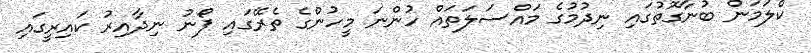
ކްލަމަން ބުނާގޮތުގައި ނިދުމުގެ މައްސަލަތައް ހުންނަ މީހުންގެ ތެރޭގައި ފޯނު ނިދާއިރު ކައިރީގައި